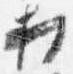
打